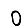
Digit: 0